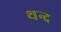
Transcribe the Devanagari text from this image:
थन्द